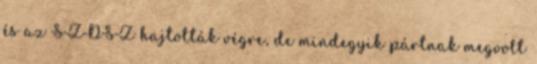
és az SZDSZ hajtották végre, de mindegyik pártnak megvolt